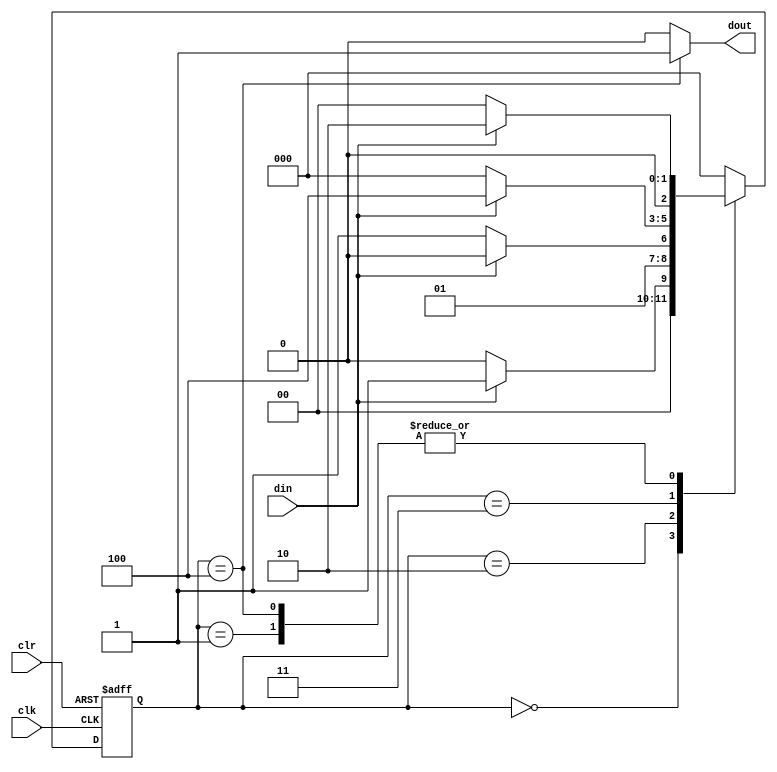
`timescale 1ns / 1ps
module fsm_moore(
input wire clk,
   input wire clr,
   input wire din,
   output reg dout
    );
    reg [2:0]present_state,next_state;
    parameter S0=3'b000,S1=3'b001,S2=3'b010,S3=3'b011,S4=3'b100;
    always @(posedge clk or posedge clr)
    begin
     if(clr)
      present_state<=S0;
     else
     present_state<=next_state;
     end
     always @(*)
            begin
             case(present_state)
               S0:if(din)
                      next_state<=S1;
                    else
                      next_state<=S0;
               S1:if(din)
                         next_state<=S2;
                    else
                           next_state<=S0;
               S2:if(din)
                         next_state<=S2;
                   else
                       next_state<=S3;
              S3:if(din)
                           next_state<=S4;
                           else
                           next_state<=S0;
                S4:if(din)
                          next_state<=S2;
                          else
                          next_state<=S0;
                default: next_state<=S0;        
             endcase
            end
            always@(*)
                 if(present_state==S4)
                  dout<=1;
                  else
                   dout<=0;
endmodule